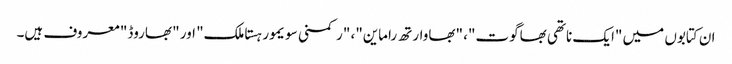
ان کتابوں میں "ایک ناتھی بھاگوت"، "بھاوارتھ راماین"، "رکمنی سویمور ہستاملک" اور "بھاروڈ" معروف ہیں۔